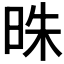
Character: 𣆦